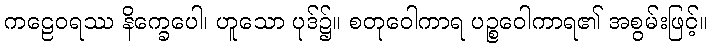
ကဠေဝရဿ နိက္ခေပေါ၊ ဟူသော ပုဒ်၌။ စတုဝေါကာရ ပဉ္စဝေါကာရ၏ အစွမ်းဖြင့်။